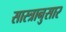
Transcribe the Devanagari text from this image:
सास्त्रानुसार